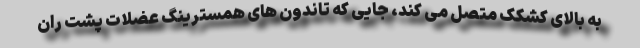
به بالای کشکک متصل می کند، جایی که تاندون های همسترینگ عضلات پشت ران